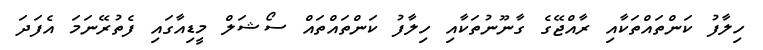
ހިލާފު ކަންތައްތަކާއި ރާއްޖޭގެ ގާނޫނުތަކާއި ހިލާފު ކަންތައްތައް ސޯޝަލް މީޑިއާގައި ފެތުރޭނަމަ އެފަދަ